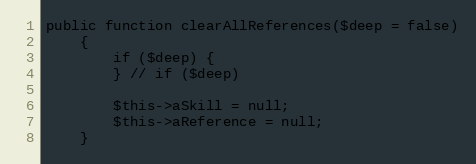
Language: PHP
public function clearAllReferences($deep = false)
    {
        if ($deep) {
        } // if ($deep)

        $this->aSkill = null;
        $this->aReference = null;
    }